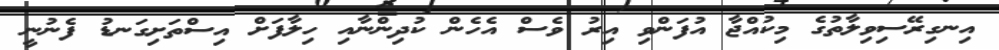
އިނގިރޭސިވިލާތުގެ މިކުއްޖާ އުފަންވި އިރު ވެސް އެހެން ކުދިންނާއި ހިލާފަށް އިސްތަށިގަނޑު ފެނުނީ